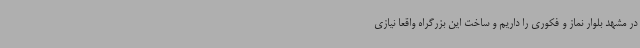
در مشهد بلوار نماز و فکوری را داریم و ساخت این بزرگراه واقعا نیازی